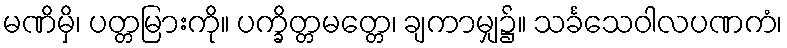
မဏိမှိ၊ ပတ္တမြားကို။ ပက္ခိတ္တမတ္တေ၊ ချကာမျှ၌။ သင်္ခသေဝါလပဏကံ၊